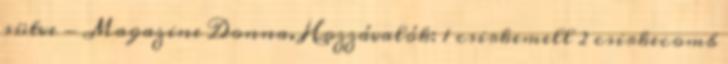
sütve - Magazine Donna. Hozzávalók: 1 csirkemell 2 csirkecomb